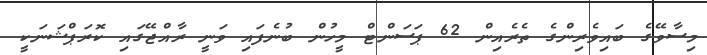
މިސާވޭގެ ބައިވެރިންގެ ތެރެއިން 62 ޕަސަންޓް މީހުން ބުނެފައި ވަނީ ރާއްޖޭގައި ކޮރަޕްޝަނަކީ